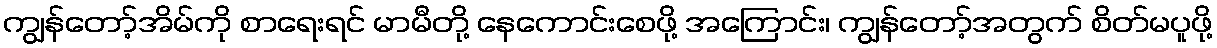
ကျွန်တော့်အိမ်ကို စာရေးရင် မာမီတို့ နေကောင်းစေဖို့ အကြောင်း၊ ကျွန်တော့်အတွက် စိတ်မပူဖို့